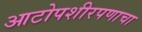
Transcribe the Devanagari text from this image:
आटोपशीरपणाचा